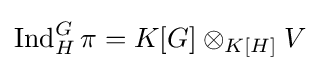
\operatorname {Ind} _{H}^{G}\pi =K[G]\otimes _{K[H]}V